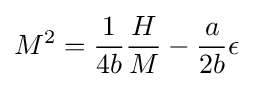
M^{2}={\frac {1}{4b}}{\frac {H}{M}}-{\frac {a}{2b}}\epsilon